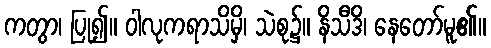
ကတွာ၊ ပြု၍။ ဝါလုကရာသိမှိ၊ သဲစု၌။ နိသီဒိ၊ နေတော်မူ၏။